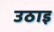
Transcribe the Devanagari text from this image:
उठाइ